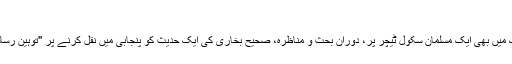
امجد عباس
ضمنی طور پر عرض کروں، تلہ گنگ میں بھی ایک مسلمان سکول ٹیچر پر، دورانِ بحث و مناظرہ، صحیح بخاری کی ایک حدیث کو پنجابی میں نقل کرنے پر "توہینِ رسالت" و "توہینِ مذہب" کا مقدمہ درج ہوا۔